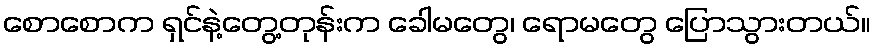
စောစောက ရှင်နဲ့တွေ့တုန်းက ခေါမတွေ၊ ရောမတွေ ပြောသွားတယ်။